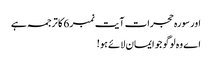
اور سورہ حجرات آیت نمبر 6 کا ترجمہ ہے
اے وہ لوگو جو ایمان لائے ہو!